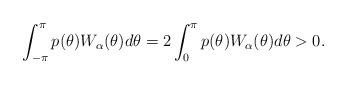
LaTeX: \begin{gather*}\int_{-\pi}^{\pi}p(\theta)W_{\alpha}(\theta)d\theta=2\int_{0}^{\pi}p(\theta)W_{\alpha}(\theta)d\theta>0.\end{gather*}